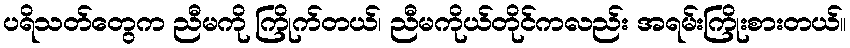
ပရိသတ်တွေက ညီမကို ကြိုက်တယ်၊ ညီမကိုယ်တိုင်ကလည်း အရမ်းကြိုးစားတယ်။